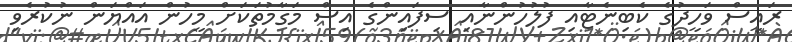
ރައީސް ވަހީދުގެ ކެބިނެޓާއި ފުލުހުންނާއި ސިފައިންގެ އިސް މަގާމުތަކަށް މީހުން އައްޔަން ނުކުރެވި